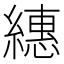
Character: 繐